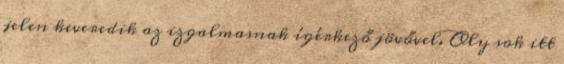
jelen keveredik az izgalmasnak ígérkező jövővel. Oly sok itt